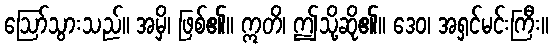
ဩော်သွားသည်။ အမှိ၊ ဖြစ်၏။ ဣတိ၊ ဤသို့ဆို၏။ ဒေဝ၊ အရှင်မင်းကြီး။